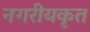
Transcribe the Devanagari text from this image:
नगरीयकृत